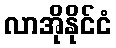
လာအိုနိုင်ငံ